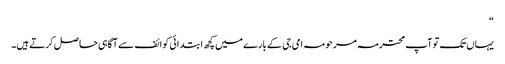
“
یہاں تک تو آپ محترمہ مرحومہ امی جی کے بارے میں کچھ ابتدائی کوائف سے آگاہی حاصل کرتے ہیں۔